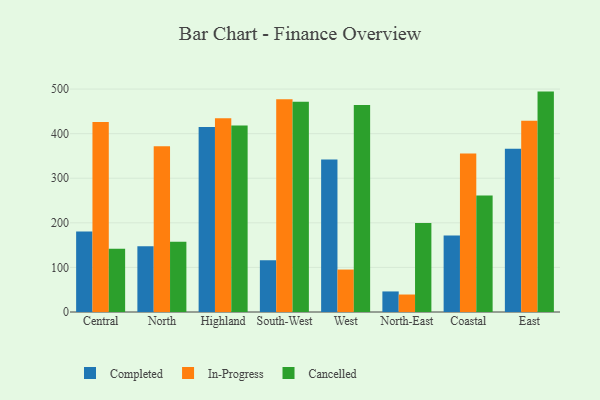
{"axis": {"x": "Region", "y": "Page Views"}, "legend": ["Cancelled", "Completed", "In-Progress"], "data": [{"x": "Central", "y": 180.4, "type": "Completed"}, {"x": "Central", "y": 426.1, "type": "In-Progress"}, {"x": "Central", "y": 141.9, "type": "Cancelled"}, {"x": "North", "y": 147.6, "type": "Completed"}, {"x": "North", "y": 372.0, "type": "In-Progress"}, {"x": "North", "y": 157.8, "type": "Cancelled"}, {"x": "Highland", "y": 415.1, "type": "Completed"}, {"x": "Highland", "y": 434.5, "type": "In-Progress"}, {"x": "Highland", "y": 418.4, "type": "Cancelled"}, {"x": "South-West", "y": 116.3, "type": "Completed"}, {"x": "South-West", "y": 477.1, "type": "In-Progress"}, {"x": "South-West", "y": 471.3, "type": "Cancelled"}, {"x": "West", "y": 342.2, "type": "Completed"}, {"x": "West", "y": 95.2, "type": "In-Progress"}, {"x": "West", "y": 464.3, "type": "Cancelled"}, {"x": "North-East", "y": 46.1, "type": "Completed"}, {"x": "North-East", "y": 39.2, "type": "In-Progress"}, {"x": "North-East", "y": 199.7, "type": "Cancelled"}, {"x": "Coastal", "y": 171.6, "type": "Completed"}, {"x": "Coastal", "y": 355.4, "type": "In-Progress"}, {"x": "Coastal", "y": 261.1, "type": "Cancelled"}, {"x": "East", "y": 365.9, "type": "Completed"}, {"x": "East", "y": 428.7, "type": "In-Progress"}, {"x": "East", "y": 494.3, "type": "Cancelled"}]}